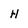
Character: H